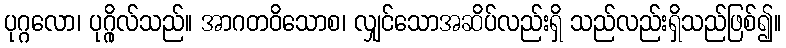
ပုဂ္ဂလော၊ ပုဂ္ဂိုလ်သည်။ အာဂတဝိသောစ၊ လျှင်သောအဆိပ်လည်းရှိ သည်လည်းရှိသည်ဖြစ်၍။